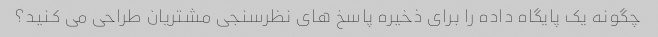
چگونه یک پایگاه داده را برای ذخیره پاسخ های نظرسنجی مشتریان طراحی می کنید؟